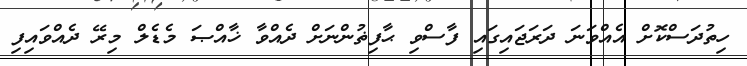
ހިތުދަސްކޮށް އެއްވަނަ ދަރަޖައިގައި ފާސްވި ޙާފިޡުންނަށް ދެއްވާ ޚާއްޞަ މެޑެލް މިރޭ ދެއްވައިފި